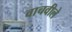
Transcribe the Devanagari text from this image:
वाचवीले